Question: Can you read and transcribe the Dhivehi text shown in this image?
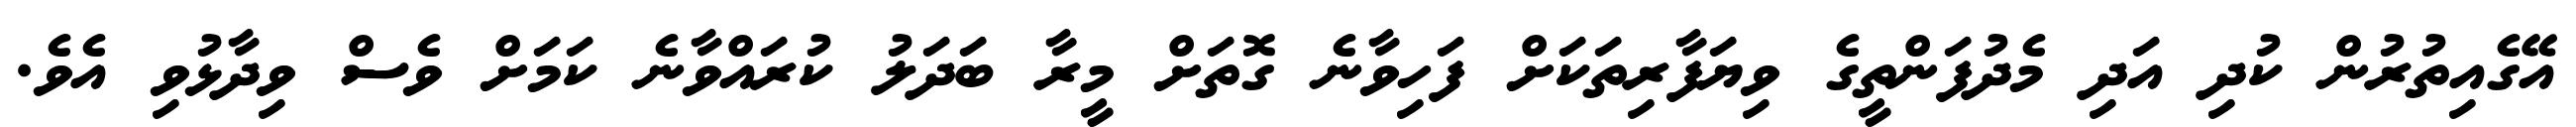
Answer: އޭގެއިތުރުން ކުދި އަދި މެދުފަންތީގެ ވިޔަފާރިތަކަށް ފަހިވާނެ ގޮތަށް މީރާ ބަދަލު ކުރައްވާނެ ކަމަށް ވެސް ވިދާޅުވި އެވެ.